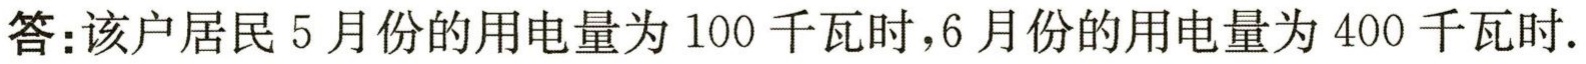
答：该户居民5月份的用电量为100千瓦时，6月份的用电量为400千瓦时.